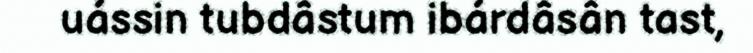
uássin tubdâstum ibárdâsân tast,